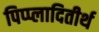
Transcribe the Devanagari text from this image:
पिप्प्लादितीर्थ